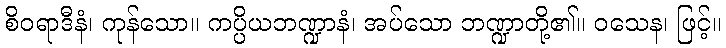
စိဝရာဒီနံ၊ ကုန်သော။ ကပ္ပိယဘဏ္ဍာနံ၊ အပ်သော ဘဏ္ဍာတို့၏။ ဝသေန၊ ဖြင့်။